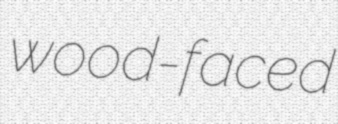
wood-faced